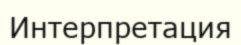
Интерпретация